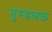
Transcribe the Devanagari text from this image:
मुण्डलक